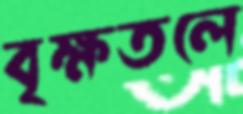
বৃক্ষতলে